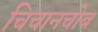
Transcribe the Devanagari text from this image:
चिचानचोब